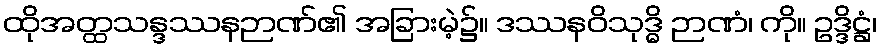
ထိုအတ္ထသန္ဒဿနဉာဏ်၏ အခြားမဲ့၌။ ဒဿနဝိသုဒ္ဓိ ဉာဏံ၊ ကို။ ဥဒ္ဒိဋ္ဌံ၊